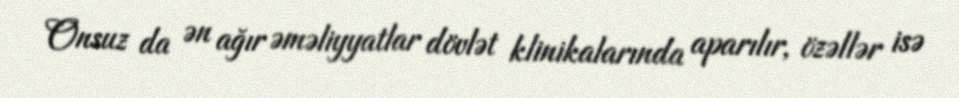
Onsuz da ən ağır əməliyyatlar dövlət klinikalarında aparılır, özəllər isə